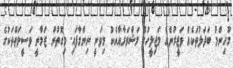
މުހިންމު ބަދަލުތަކެއް ވަޒީރުންގެ މަޖިލީހުގެ މަޝްވަރާއާއެކު މިވަނީ ނިންމާފައި. މިގޮތުން ޒަމާނީ ވަސީލަތްތަކުގެ